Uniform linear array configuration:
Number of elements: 48
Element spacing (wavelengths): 0.75
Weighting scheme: hamming
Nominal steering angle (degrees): -30
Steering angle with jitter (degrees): -29.425
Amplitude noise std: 0.05
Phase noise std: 0.05

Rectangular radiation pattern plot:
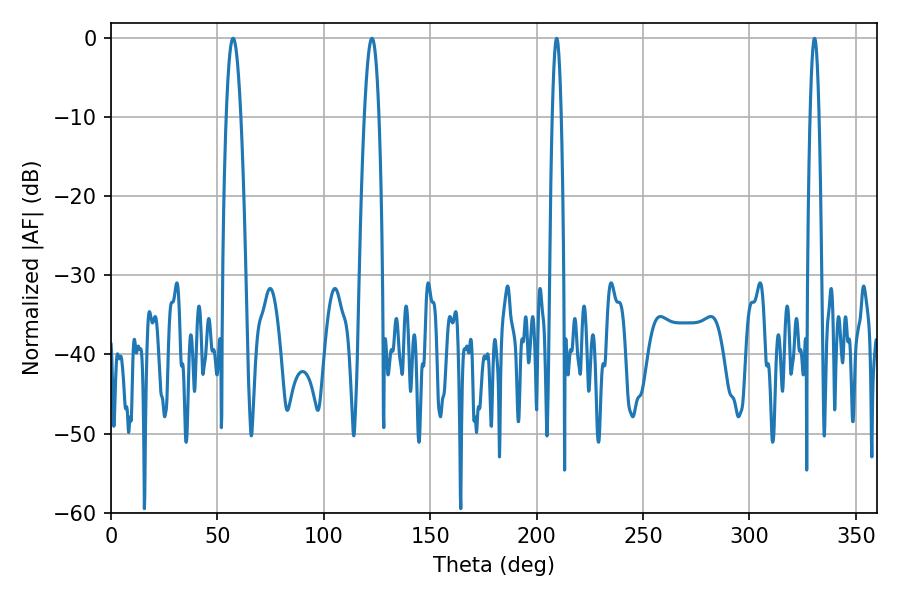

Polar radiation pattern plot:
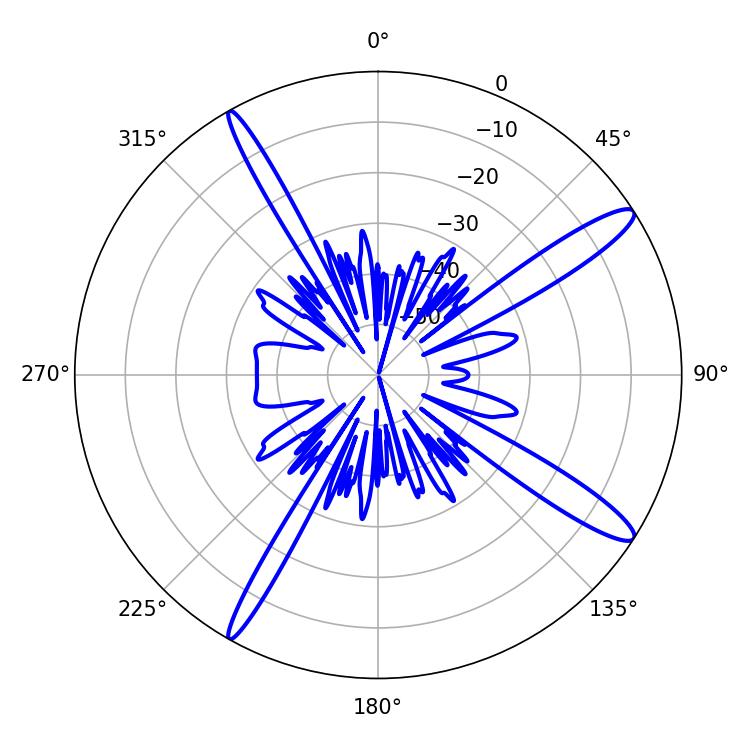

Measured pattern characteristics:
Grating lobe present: TRUE
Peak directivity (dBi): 14.125
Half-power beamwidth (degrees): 3.6
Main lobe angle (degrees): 122.58